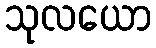
သုလယော